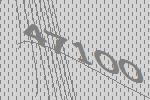
47100